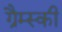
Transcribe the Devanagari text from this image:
ग्रैम्स्की